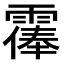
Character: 𩄴